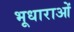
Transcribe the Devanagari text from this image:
भूधाराओं